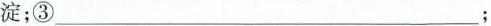
淀；③___；